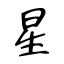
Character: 星